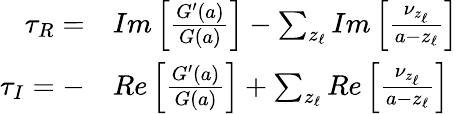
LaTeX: \begin{array}{r}{\begin{array}{rl}{\tau_{R}=}&{{}Im\left[\frac{G^{\prime}(a)}{G(a)}\right]-\sum_{z_{\ell}}Im\left[\frac{\nu_{z_{\ell}}}{a-z_{\ell}}\right]}\\ {\tau_{I}=-}&{{}Re\left[\frac{G^{\prime}(a)}{G(a)}\right]+\sum_{z_{\ell}}Re\left[\frac{\nu_{z_{\ell}}}{a-z_{\ell}}\right]}\end{array}}\end{array}